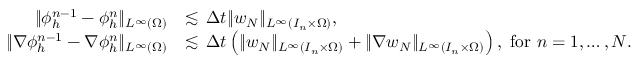
\begin{array} { r l } { \| \phi _ { h } ^ { n - 1 } - \phi _ { h } ^ { n } \| _ { L ^ { \infty } ( \Omega ) } } & { \lesssim \, \Delta t \| { w _ { N } } \| _ { L ^ { \infty } ( I _ { n } \times \Omega ) } , } \\ { \| \nabla \phi _ { h } ^ { n - 1 } - \nabla \phi _ { h } ^ { n } \| _ { L ^ { \infty } ( \Omega ) } } & { \lesssim \, \Delta t \left( \| { w _ { N } } \| _ { L ^ { \infty } ( I _ { n } \times \Omega ) } + \| \nabla { w _ { N } } \| _ { L ^ { \infty } ( I _ { n } \times \Omega ) } \right) , \mathrm { ~ f o r ~ } n = 1 , \dots , N . } \end{array}